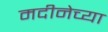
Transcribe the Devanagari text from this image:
मदीनेच्या